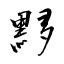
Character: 黟